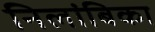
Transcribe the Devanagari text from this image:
निलांबिका